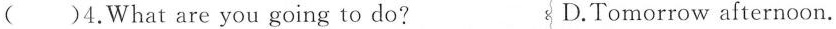
()4.What are you going to do? D.Tomorrow afternoon.